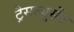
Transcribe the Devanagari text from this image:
ट्रैसल्यूसेंट